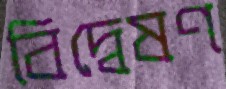
বিদ্বেষণ